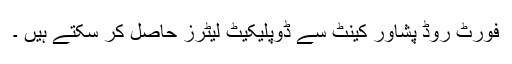
فورٹ روڈ پشاور کینٹ سے ڈوپلیکیٹ لیٹرز حاصل کر سکتے ہیں ۔